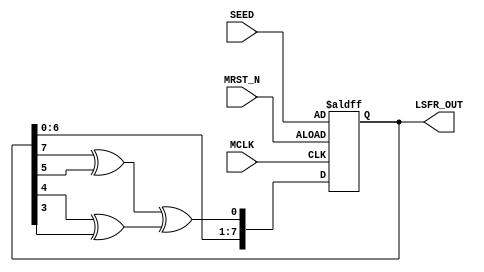
/*================================================================================
| LFSR (Linear Feedback Shift Register)
|---------------------------------------------------------------------------------
| Description:
|     - 8bit Fibonacci LSFR
|     - feedback polynomial : x^8 + x^6 + x^5 + x^4 +1
|     - look about LFSR! : Wikipedia or Xilinx Efficient Shift Registers, LFSR...
|---------------------------------------------------------------------------------
| Created by : 
\===============================================================================*/

module lsfr_eight(MCLK, MRST_N,SEED, LSFR_OUT);

//================================================================================
// Declare Input and Output Pins
//================================================================================
    input MCLK;
    input MRST_N;
    input [7:0] SEED;
    
    output [7:0] LSFR_OUT;

//================================================================================
// Declare Wires and Reg
//================================================================================
    reg [7:0] LSFR_OUT_R;

//================================================================================
// Shift calculation
//================================================================================

   always @(posedge MCLK or negedge MRST_N) begin
       if(!MRST_N)
           LSFR_OUT_R <= SEED;
       else
           LSFR_OUT_R <= {LSFR_OUT_R[6:0], ( (LSFR_OUT_R[7] ^ LSFR_OUT_R[5]) ^ (LSFR_OUT_R[4] ^ LSFR_OUT_R[3]) )};
   end 

   assign LSFR_OUT = LSFR_OUT_R;

endmodule